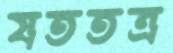
যততত্র